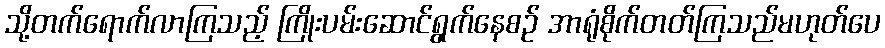
သို့တက်ရောက်လာကြသည့် ကြိုးပမ်းဆောင်ရွက်နေစဉ် အာရုံစိုက်တတ်ကြသည်မဟုတ်ပေ